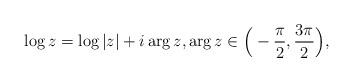
LaTeX: \begin{align*}\log z = \log |z| + i \arg z, \arg z \in \Big(-\frac{\pi}{2},\frac{3\pi}{2}\Big),\end{align*}